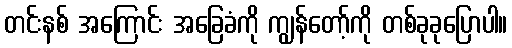
တင်းနစ် အကြောင်း အခြေခံကို ကျွန်တော့်ကို တစ်ခုခုပြောပါ။